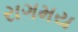
રાગમય